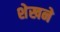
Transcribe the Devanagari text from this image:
शेखने